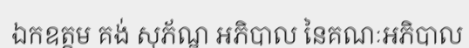
ឯកឧត្តម គង់ សុភ័ណ្ឌ អភិបាល នៃគណៈអភិបាល